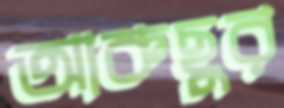
আকছুর